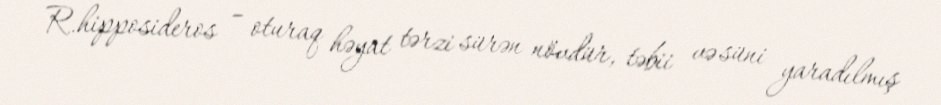
R.hipposideros – oturaq həyat tərzi sürən növdür, təbii və süni yaradılmış